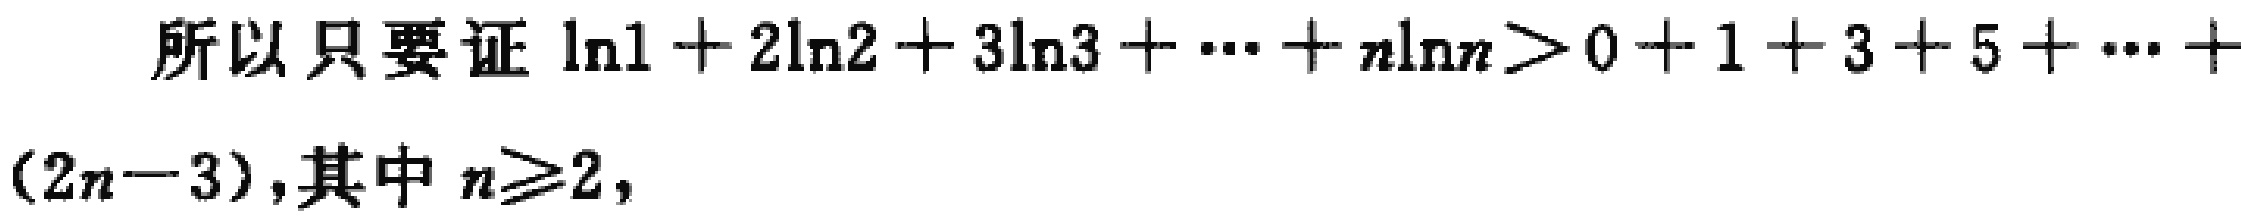
所以只要证\(\ln1 + 2\ln2 + 3\ln3 + \cdots + n\ln n>0 + 1 + 3 + 5 + \cdots+(2n - 3)\)，其中 \(n\geqslant2\)，